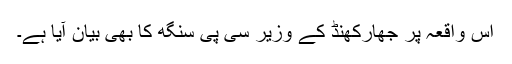
اس واقعہ پر جھارکھنڈ کے وزیر سی پی سنگھ کا بھی بیان آیا ہے۔